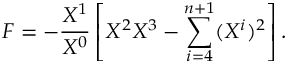
F = - { \frac { X ^ { 1 } } { X ^ { 0 } } } \left[ X ^ { 2 } X ^ { 3 } - \sum _ { i = 4 } ^ { n + 1 } ( X ^ { i } ) ^ { 2 } \right] .